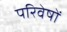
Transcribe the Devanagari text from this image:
परिवेषों